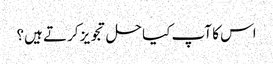
اس کا آپ کیا حل تجویز کرتے ہیں؟